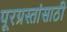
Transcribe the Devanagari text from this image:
पूरग्रस्तांसाठी